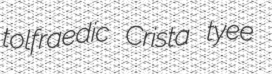
tolfraedic Crista tyee